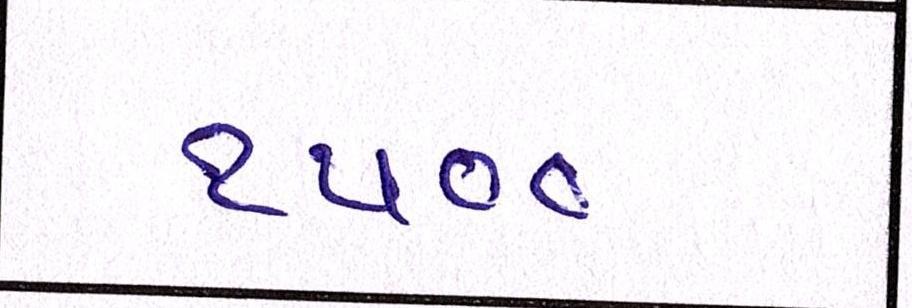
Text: ૧૫૦૦૦